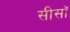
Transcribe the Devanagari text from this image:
सीसॉ